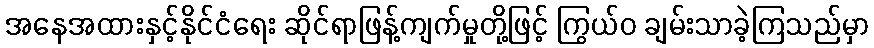
အနေအထားနှင့်နိုင်ငံရေး ဆိုင်ရာဖြန့်ကျက်မှုတို့ဖြင့် ကြွယ်ဝ ချမ်းသာခဲ့ကြသည်မှာ